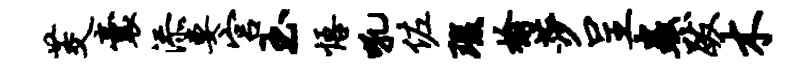
茭囊添要宫玉悟吼佐瑕榆莎呈虫跋木